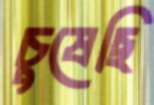
চুষেছি